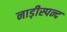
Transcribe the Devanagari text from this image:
नाड़ीस्पन्द